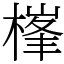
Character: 𣗏